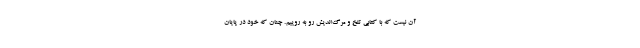
آن نیست که با کتابی تلخ و مرگ‌اندیش رو به روییم. چنان که خود در پایان